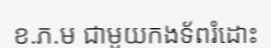
ខ.ភ.ម ជាមួយកងទ័ពរំដោះ